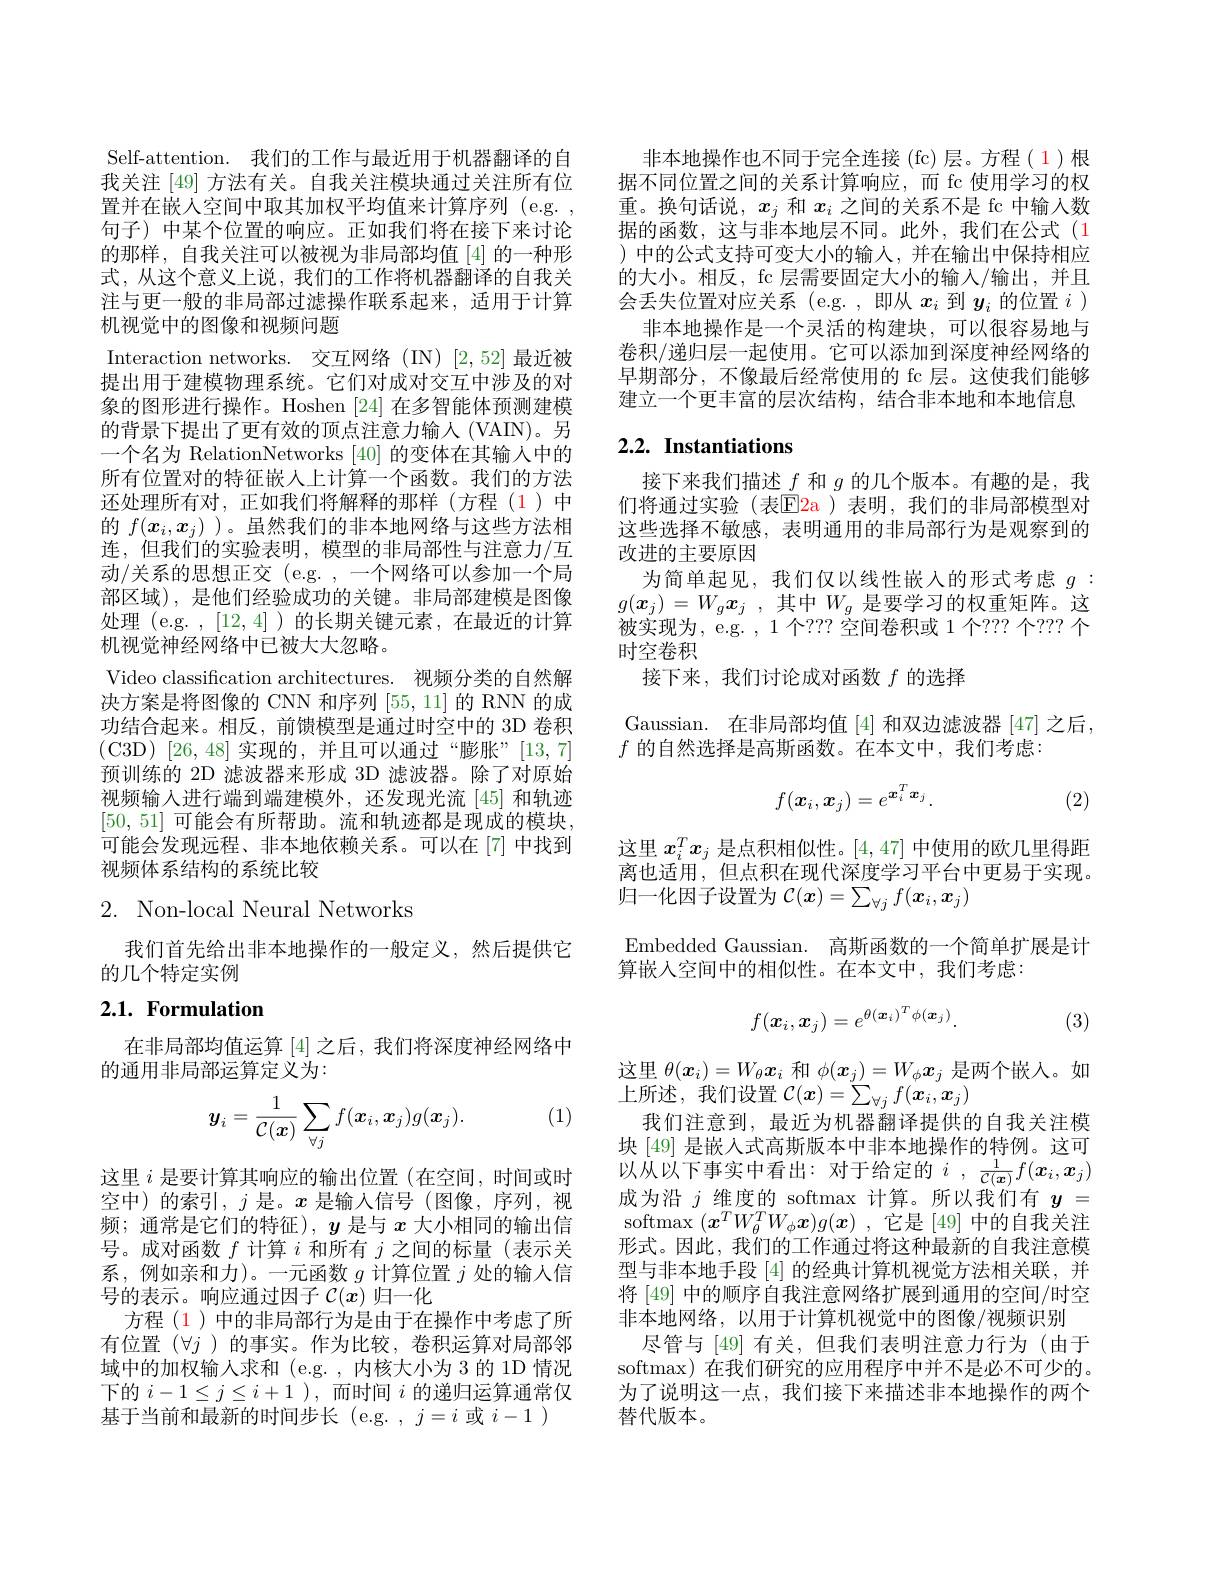
Self-attention. 我们的工作与最近用于机器翻译的自我关注 [49] 方法有关。自我关注模块通过关注所有位置并在嵌人空间中取其加权平均值来计算序列 (e.g. , 句子)中某个位置的响应。正如我们将在接下来讨论的那样，自我关注可以被视为非局部均值[4]的一种形式，从这个意义上说，我们的工作将机器翻译的自我关注与更一般的非局部过滤操作联系起来，适用于计算机视觉中的图像和视频问题
Interaction networks. 交互网络(IN)[2,52]最近被提出用于建模物理系统。它们对成对交互中涉及的对象的图形进行操作。Hoshen [24] 在多智能体预测建模的背景下提出了更有效的顶点注意力输人 (VAIN)。另一个名为 RelationNetworks [40] 的变体在其输入中的所有位置对的特征嵌人上计算一个函数。我们的方法还处理所有对，正如我们将解释的那样(方程(1)中的$f(x_i,x_j)$ )。虽然我们的非本地网络与这些方法相连，但我们的实验表明，模型的非局部性与注意力/互动/关系的思想正交(e.g. , 一个网络可以参加一个局部区域),是他们经验成功的关键。非局部建模是图像处理 (e.g. , [12,4] )的长期关键元素 ,在最近的计算机视觉神经网络中已被大大忽略。
Video classification architectures. 视频分类的自然解决方案是将图像的 CNN 和序列[55,11]的 RNN 的成功结合起来。相反，前馈模型是通过时空中的 3D 卷积(C3D)[26,48]实现的，并且可以通过“膨胀”[13,7] 预训练的 2D 滤波器来形成 3D 滤波器。除了对原始视频输入进行端到端建模外，还发现光流[45]和轨迹[50,51]可能会有所帮助。流和轨迹都是现成的模块， 可能会发现远程、非本地依赖关系。可以在[7]中找到视频体系结构的系统比较

2. Non-local Neural Networks

我们首先给出非本地操作的一般定义，然后提供它
的几个特定实例

# 2.1. Formulation

在非局部均值运算 [4]之后，我们将深度神经网络中
的通用非局部运算定义为：

(1)
$$\boldsymbol{y}_i=\frac{1}{\mathcal{C}(\boldsymbol{x})}\sum_{\forall j}f(\boldsymbol{x}_i,\boldsymbol{x}_j)g(\boldsymbol{x}_j).$$
这里$i$是要计算其响应的输出位置(在空间，时间或时空中)的索引，$j$是。$x$是输入信号(图像，序列，视频；通常是它们的特征), $y$是与$x$大小相同的输出信号。成对函数$f$计算$i$和所有$j$之间的标量(表示关系，例如亲和力)。一元函数$g$计算位置$j$处的输人信号的表示。响应通过因子$\mathcal{C}(x)$归一化
方程 (1 )中的非局部行为是由于在操作中考虑了所有位置$(\forall j$ )的事实。作为比较，卷积运算对局部邻域中的加权输人求和 (e.g.,内核大小为 3 的 1D 情况下的$i-1\leq j\leq i+1$ ),而时间$i$的递归运算通常仅基于当前和最新的时间步长 (e.g. $,j=i$或$i-1)$

非本地操作也不同于完全连接(fc)层。方程(1)根据不同位置之间的关系计算响应，而 fc 使用学习的权重。换句话说，$x_j$和$x_i$之间的关系不是 fc 中输入数据的函数，这与非本地层不同。此外，我们在公式(1 ) 中的公式支持可变大小的输入，并在输出中保持相应的大小。相反，fc 层需要固定大小的输入/输出，并且会丢失位置对应关系 (e.g. ,即从$x_i$到$y_i$的位置$i)$
非本地操作是一个灵活的构建块，可以很容易地与卷积/递归层一起使用。它可以添加到深度神经网络的早期部分，不像最后经常使用的 fc 层。这使我们能够建立一个更丰富的层次结构，结合非本地和本地信息

## 2.2. Instantiations

接下来我们描述$f$和$g$的几个版本。有趣的是，我们将通过实验(表$\mathbb{E}$2a)表明，我们的非局部模型对这些选择不敏感，表明通用的非局部行为是观察到的改进的主要原因
为简单起见，我们仅以线性嵌入的形式考虑$g:$ $g( \boldsymbol{x}_j) = W_g\boldsymbol{x}_j$ ,其中$W_g$ 是要学习的权重矩阵。这被实现为，e.g. ,1个？?? 空间卷积或 1 个？?? 个？?? 个时空卷积
接下来，我们讨论成对函数$f$的选择

Gaussian. 在非局部均值[4]和双边滤波器[47]之后，
$f$的自然选择是高斯函数。在本文中，我们考虑
$$f(\boldsymbol{x}_i,\boldsymbol{x}_j)=e^{\boldsymbol{x}_i^T\boldsymbol{x}_j}.$$
(2)

这里$x_i^Tx_j$是点积相似性。[4,47]中使用的欧几里得距离也适用，但点积在现代深度学习平台中更易于实现。归一化因子设置为$\mathcal{C}(\boldsymbol{x})=\sum_\forall jf(\boldsymbol{x}_i,\boldsymbol{x}_j)$
Embedded Gaussian. 高斯函数的一个简单扩展是计
算嵌入空间中的相似性。在本文中，我们考虑：
$$f(\boldsymbol{x}_i,\boldsymbol{x}_j)=e^{\theta(\boldsymbol{x}_i)^T\phi(\boldsymbol{x}_j)}.$$
(3)

这里$\theta(\boldsymbol x_i)=W_\theta\boldsymbol{x}_i$和$\phi(\boldsymbol x_j)=W_\phi\boldsymbol{x}_j$是两个嵌人。如
上所述，我们设置$\mathcal{C}(\boldsymbol x)=\sum_\forall jf(\boldsymbol{x}_i,\boldsymbol{x}_j)$
我们注意到，最近为机器翻译提供的自我关注模块 [49] 是嵌入式高斯版本中非本地操作的特例。这可以从以下事实中看出：对于给定的$i,\frac1{C(\boldsymbol{x})}f(\boldsymbol{x}_i,\boldsymbol{x}_j)$ 成为沿$j$维度的 softmax 计算。所以我们有$y=$ softmax $(\boldsymbol{x}^TW_\theta^TW_\phi\boldsymbol{x})g(\boldsymbol{x})$ ,它是 [49] 中的自我关注形式。因此，我们的工作通过将这种最新的自我注意模型与非本地手段[4]的经典计算机视觉方法相关联，并将[49]中的顺序自我注意网络扩展到通用的空间/时空非本地网络，以用于计算机视觉中的图像/视频识别
尽管与 [49] 有关，但我们表明注意力行为 (由于softmax) 在我们研究的应用程序中并不是必不可少的。为了说明这一点，我们接下来描述非本地操作的两个替代版本。